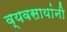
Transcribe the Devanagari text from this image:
व्यवसायांनी